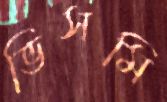
ভিসমি